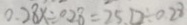
0 . 2 8 x \div 0 . 2 8 = 2 5 . 1 2 \div 0 . 2 8